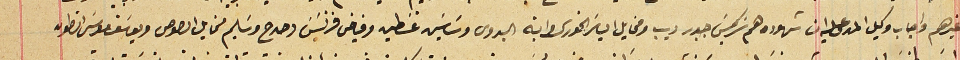
غيرهم واجاب وكيل المدعى عليه ان شهوده هم سَركيسَ جبور ديب ومخايل الياسَ الخورى وابنه البدوى وسَاسَين غسَطين وفياض فرنسَيسَ دحدح وسَليم مخايل الصوص ويوسَف موسَى انطون